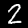
Digit: 2